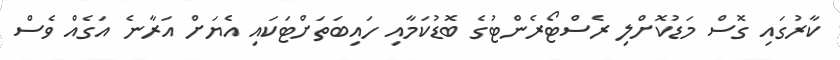
ކާރުގައި ގޮސް މަޑުކޮށްލި ރެސްޓޯރެންޓުގެ ބޮޑުކަމާއި ހައިބަތަށްޓަކައި އެޔަށް އަރާނެ އަގެއް ވެސް